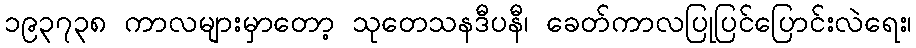
၁၉၃၇၃၈ ကာလများမှာတော့ သုတေသနဒီပနီ၊ ခေတ်ကာလပြုပြင်ပြောင်းလဲရေး၊